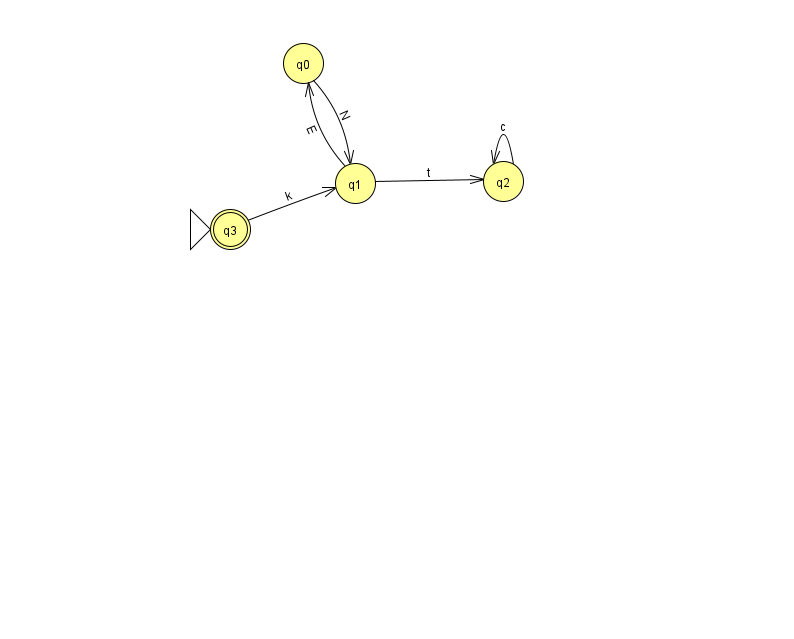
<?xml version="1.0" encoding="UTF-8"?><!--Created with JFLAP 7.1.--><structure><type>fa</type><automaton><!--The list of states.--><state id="0" name="q0"><x>303.0</x><y>50.0</y></state><state id="1" name="q1"><x>355.0</x><y>170.0</y></state><state id="2" name="q2"><x>503.0</x><y>168.0</y></state><state id="3" name="q3"><x>230.0</x><y>216.0</y><initial/><final/></state><!--The list of transitions.--><transition><from>1</from><to>0</to><read>E</read></transition><transition><from>2</from><to>2</to><read>c</read></transition><transition><from>3</from><to>1</to><read>k</read></transition><transition><from>1</from><to>2</to><read>t</read></transition><transition><from>0</from><to>1</to><read>N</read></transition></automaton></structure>